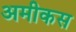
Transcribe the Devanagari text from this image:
अमीकस